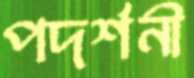
পদর্শনী